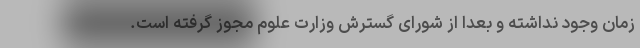
زمان وجود نداشته و بعدا از شورای گسترش وزارت علوم مجوز گرفته است.